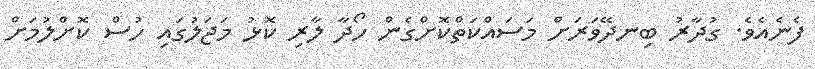
ފެނެއެވެ. ގުދާރު ބިނދޭވަރަށް މަސައްކަތްކޮށްގެން ހޯދާ ލާރި ކޮޅު މަޖަލުގައި ހުސް ކޮށްލުމަށް